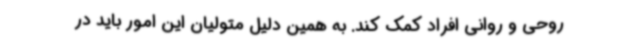
روحی و روانی افراد کمک کند. به همین دلیل متولیان این امور باید در